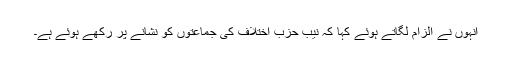
انہوں نے الزام لگاتے ہوئے کہا کہ نیب حزب اختلاف کی جماعتوں کو نشانے پر رکھے ہوئے ہے۔